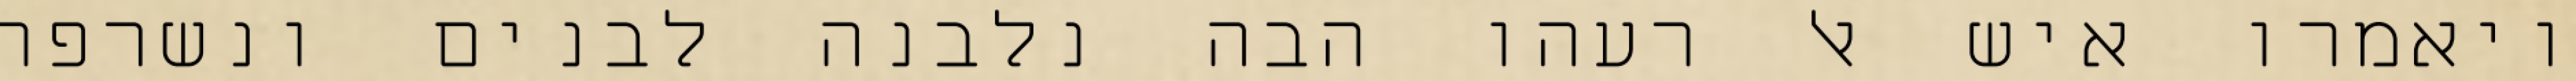
ויאמרו איש אל רעהו הבה נלבנה לבנים ונשרפה